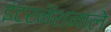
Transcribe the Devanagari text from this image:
इंटरनॅशनाले